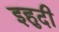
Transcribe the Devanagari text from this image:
इहुदी